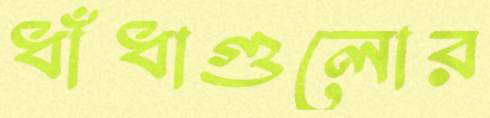
ধাঁধাগুলোর